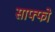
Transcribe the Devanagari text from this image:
साफ्फो